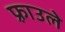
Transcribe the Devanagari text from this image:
फ़्राउले